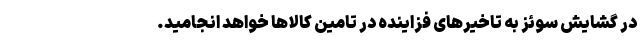
در گشایش سوئز به تاخیرهای فزاینده در تامین کالاها خواهد انجامید.